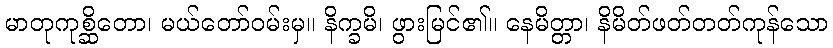
မာတုကုစ္ဆိတော၊ မယ်တော်ဝမ်းမှ။ နိက္ခမိ၊ ဖွားမြင်၏။ နေမိတ္တာ၊ နိမိတ်ဖတ်တတ်ကုန်သော